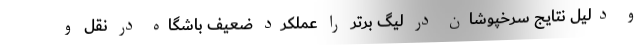
و دلیل نتایج سرخپوشان در لیگ برتر را عملکرد ضعیف باشگاه در نقل و